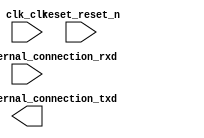

module rsa_qsys (
	clk_clk,
	reset_reset_n,
	uart_0_external_connection_rxd,
	uart_0_external_connection_txd);	

	input		clk_clk;
	input		reset_reset_n;
	input		uart_0_external_connection_rxd;
	output		uart_0_external_connection_txd;
endmodule